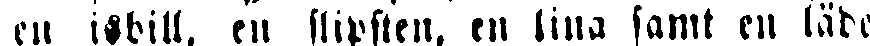
en isbill, en slipsten, en lina samt en läde